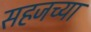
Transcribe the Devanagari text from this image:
सहजच्या